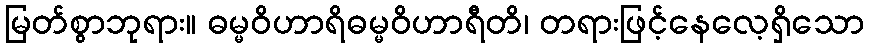
မြတ်စွာဘုရား။ ဓမ္မဝိဟာရိဓမ္မဝိဟာရီတိ၊ တရားဖြင့်နေလေ့ရှိသော